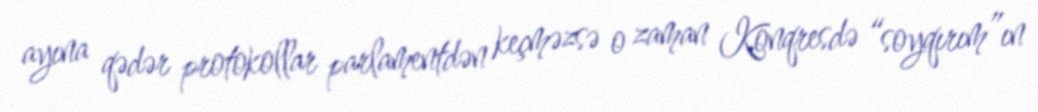
ayına qədər protokollar parlamentdən keçməzsə o zaman Konqresdə “soyqırım”ın